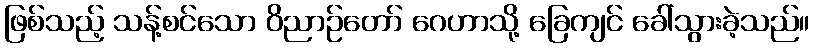
ဖြစ်သည့် သန့်စင်သော ဝိညာဉ်တော် ဂေဟာသို့ ခြေကျင် ခေါ်သွားခဲ့သည်။